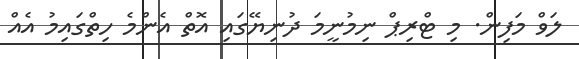
ލަވް މަފިން. މި ޓްރިޕް ނިމުނީމަ ދުނިޔޭގައި އޮތް އެންމެ ހިތްގައިމު އެއް